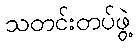
သတင်းတပ်ဖွဲ့